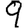
Digit: 9